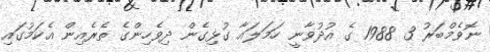
ނޮވެމްބަރު 3 1988 ގެ އުދުވާނީ ހަމަލައާ ގުޅިގެން ދިވެހިންގެ ތެރެއިން އެކަމުގައި